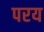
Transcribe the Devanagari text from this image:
परय